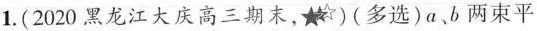
1.(2020黑龙江大庆高三期末，★)(多选)a、b两束平